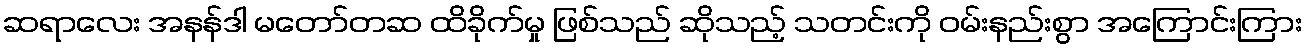
ဆရာလေး အနန်ဒါ မတော်တဆ ထိခိုက်မှု ဖြစ်သည် ဆိုသည့် သတင်းကို ဝမ်းနည်းစွာ အကြောင်းကြား